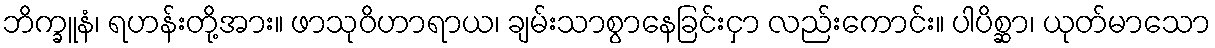
ဘိက္ခူနံ၊ ရဟန်းတို့အား။ ဖာသုဝိဟာရာယ၊ ချမ်းသာစွာနေခြင်းငှာ လည်းကောင်း။ ပါပိစ္ဆာ၊ ယုတ်မာသော